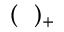
( \ \ ) _ { + }